Lunatic asylums Burma 1922-24 - 1922-1924
Year: 1922
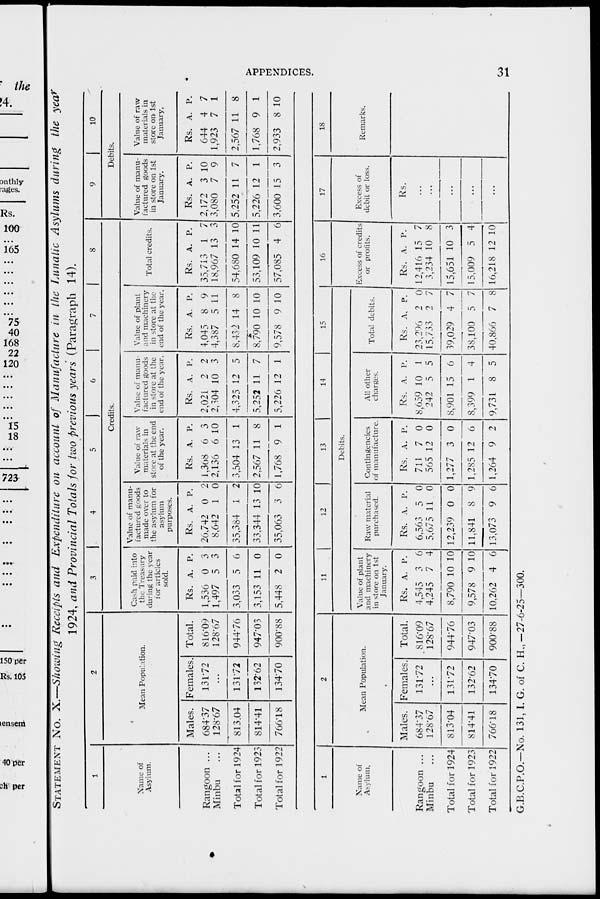
APPENDICES.
31
STATEMENT No. X.—Showing Receipts and Expenditure on account of Manufacture in the Lunatic Asylums during the year
1924, and Provincial Totals for two previous years (Paragraph 14).
1
Name of
Asylum.
Rangoon ...
Minbu ...
Total for 1924
Total for 1923
Total for 1922
2
Mean Population.
Males.
684.37
128.67
813.04
814.41
766.18
Females.
131.72
...
131.72
132.62
134.70
Total.
816.09
128.67
944.76
947.03
900.88
3
4
5
6
7
8
Credits.
Cash paid into
the Treasury
during the year
for articles
sold.
Rs.
1,536
1,497
3,033
3,153
5,448
A.
0
5
5
11
2
P.
3
3
6
0
0
Value of manu-
factured goods
made over to
the asylum for
asylum
purposes.
Rs.
26,742
8,642
35,384
33,344
35,063
A.
0
1
1
13
3
P.
2
0
2
10
6
Value of raw
materials in
store at the end
of the year.
Rs.
1,368
2,136
3,504
2,567
1,768
A.
6
6
13
11
9
P.
3
10
1
8
1
Value of manu-
factured goods
in store at the
end of the year.
Rs.
2,021
2,304
4,325
5,252
5,226
A.
2
10
12
11
12
P.
2
3
5
7
1
Value of plant
and machinery
in store at the
end of the year.
Rs.
4,045
4,387
8,432
8,790
9,578
A.
8
5
14
10
9
P.
9
11
8
10
10
Total credits.
Rs.
35,713
18,967
54,680
53,109
57,085
A.
1
13
14
10
4
P.
7
3
10
11
6
9
10
Debits.
Value of manu-
factured goods
in store on 1st
January.
Rs.
2,172
3,080
5,252
5,226
3,600
A.
3
7
11
12
15
P.
10
9
7
1
3
Value of raw
materials in
store on 1st
January.
Rs.
644
1,923
2,567
1,768
2,933
A.
4
7
11
9
8
P.
7
1
8
1
10
1
Name of
Asylum.
Rangoon ...
Minbu ...
Total for 1924
Total for 1923
Total for 1922
2
Mean Population.
Males.
684.37
128.67
813.04
814.41
766.18
Females.
131.72
...
131.72
132.62
134.70
Total.
816.09
128.67
944.76
947.03
900.88
11
12
13
14
15
Debits.
Value of plant
and machinery
in store on 1st
January.
Rs.
4,545
4,245
8,790
9,578
10,262
A.
3
7
10
9
4
P.
6
4
10
10
6
Raw material
purchased.
Rs.
6,563
5,675
12,239
11,841
13,073
A.
5
11
0
8
9
P.
0
0
0
9
6
Contingencies
of manufacture.
Rs.
711
565
1,277
1,285
1,264
A.
7
12
3
12
9
P.
0
0
0
6
2
All other
charges.
Rs.
8,659
242
8,901
8,399
9,731
A.
10
5
15
1
8
P.
1
5
6
4
5
Total debits.
Rs.
23,296
15,733
39,029
38,100
40,866
A.
2
2
4
5
7
P.
0
7
7
7
8
16
Excess of credits
or profits.
Rs.
12,416
3,234
15,651
15,009
16,218
A.
15
10
10
5
12
P.
7
8
3
4
10
17
Excess of
debit or loss.
Rs.
...
...
...
...
...
18
Remarks.
G.B.C.P.O.—No. 131, I. G. of C. H.,—27-6-25—300.